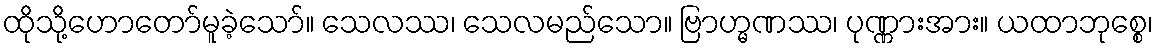
ထိုသို့ဟောတော်မူခဲ့သော်။ သေလဿ၊ သေလမည်သော။ ဗြာဟ္မဏဿ၊ ပုဏ္ဏားအား။ ယထာဘုစ္စေ၊